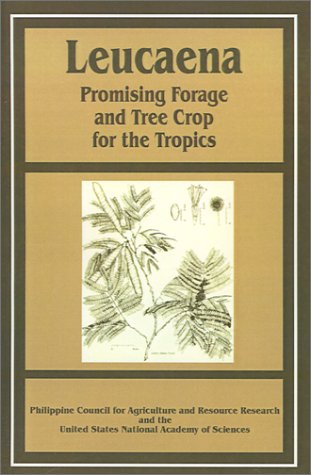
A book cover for Leucaena: Promising Forage and Tree Crop for the Tropics; Philippine Council for Agriculture and R; Science & Math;